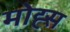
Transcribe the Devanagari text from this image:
मोह्स